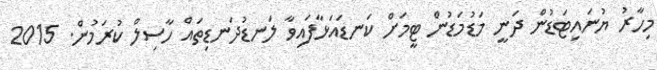
މިހާރު ޔުނައިޓަޑުން ދަނީ މަޑުމަޑުން ޓީމަށް ކަނޑައަޅާފައިވާ ލަނޑުދަނޑިތައް ހާސިލް ކުރަމުން. 2015